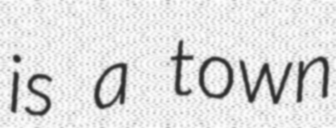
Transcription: is a town